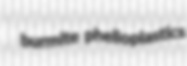
burmite phelloplastics